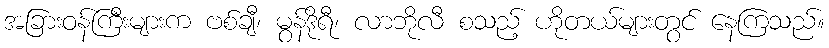
အခြားဝန်ကြီးများက ဗစ်ချီ၊ မွန်ဒိုရီ၊ လာဘိုလီ စသည့် ဟိုတယ်များတွင် နေကြသည်။